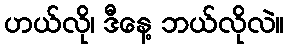
ဟယ်လို၊ ဒီနေ့ ဘယ်လိုလဲ။